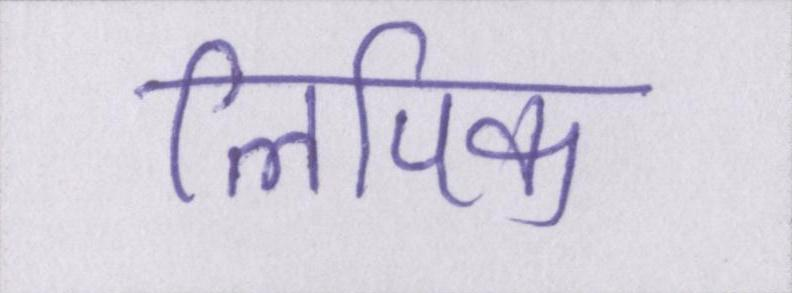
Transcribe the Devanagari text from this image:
लिपिक